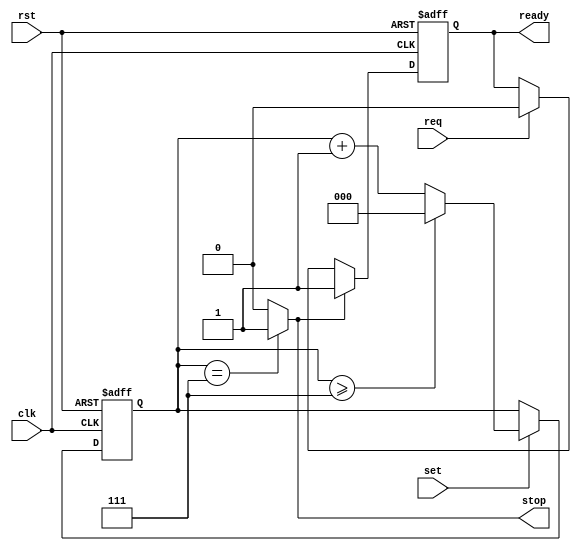
`timescale 1ns / 1ps
//////////////////////////////////////////////////////////////////////////////////
// Company: 
// Engineer: 
// 
// Design Name: 
// Module Name: Ready_Gen
// Project Name: 
// Target Devices: 
// Tool Versions: 
// Description: 
// 
// Dependencies: 
// 
// Revision:
// Revision 0.01 - File Created
// Additional Comments:
// 
//////////////////////////////////////////////////////////////////////////////////


module Ready_Gen #(parameter HALF_BIT_NUM = 4 //numero di bit per semi-periodo
                   )(
input wire clk, rst,
input wire set,req,
output wire stop,
output reg ready
    );
    
reg [$clog2(HALF_BIT_NUM*2)-1:0] counter , counter_nxt; //conta i colpi di clock necessari a trasmettere LSB

always @(posedge clk, posedge rst)
if (rst=='b1) counter<={$clog2(HALF_BIT_NUM*2){1'b0}};
else counter<=counter_nxt;

always@(counter,set)
if (set==1'b1) //quando inizia la trasmissione dell'ultimo bit verso lo slave viene abilitato il conteggio dei cicli
    if (counter>=HALF_BIT_NUM*2-1) counter_nxt={$clog2(HALF_BIT_NUM*2){1'b0}};
    else  counter_nxt= counter + 1;
else counter_nxt= counter;

assign stop =(counter==HALF_BIT_NUM*2-1) ? 1'b1: 1'b0; //identifica l'ultimo colpo di clock su cui  trasmesso LSB

/*Di default (rst==1) la SPI pu accettare nuove transazioni (ready=1), cosa che potr avvenire anche dopo che  stato trasmesso
completamente LSB.*/
always@(posedge clk, posedge rst)    
if(rst==1'b1) ready<=1'b1;
else if (stop==1'b1) ready<=1'b1;  
     else if (req==1'b1) ready<=1'b0;  


endmodule